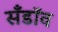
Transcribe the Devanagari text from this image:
सँडॉव